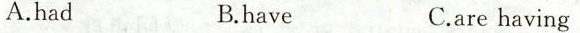
A.had B.have C.are having